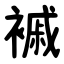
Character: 䙘